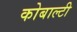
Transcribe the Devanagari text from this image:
कोबाल्टी